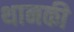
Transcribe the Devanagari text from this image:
थानकी